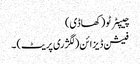
چیپٹر ٹو (کھاڈی)
فیشن ڈیزائن (لگژری پریٹ) ۔